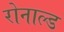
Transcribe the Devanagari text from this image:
रोनाल्‍ड